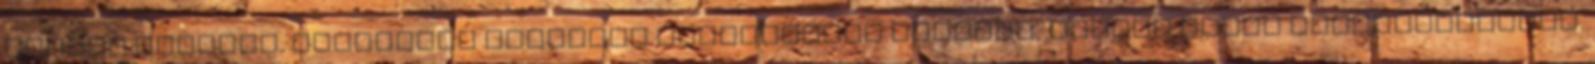
okozta kínokat. Bármilyen fetishez kapcsolható perverz, bizarr ötlet megvalósítható.